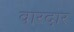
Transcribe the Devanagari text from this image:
वारदार